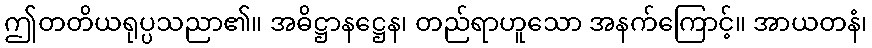
ဤတတိယရုပ္ပသညာ၏။ အဓိဋ္ဌာနဋ္ဌေန၊ တည်ရာဟူသော အနက်ကြောင့်။ အာယတနံ၊